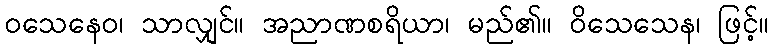
ဝသေနေဝ၊ သာလျှင်။ အညာဏစရိယာ၊ မည်၏။ ဝိသေသေန၊ ဖြင့်။